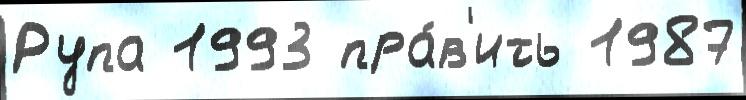
Рупа 1993 пра́в'ить 1987